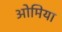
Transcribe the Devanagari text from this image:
ओमिया